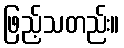
ဖြည့်သတည်း။